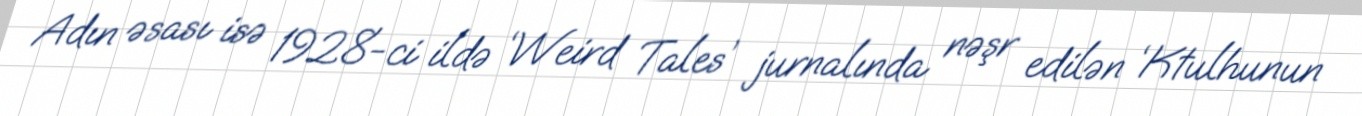
Adın əsası isə 1928-ci ildə ‘Weird Tales’ jurnalında nəşr edilən ‘Ktulhunun